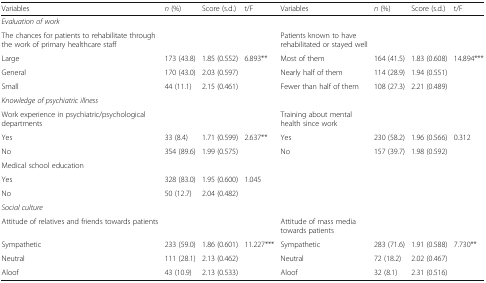
<table><thead><tr><td><b>Variables</b></td><td><b><i>n</i> (%)</b></td><td><b>Score (s.d.)</b></td><td><b>t/F</b></td><td><b>Variables</b></td><td><b><i>n</i> (%)</b></td><td><b>Score (s.d.)</b></td><td><b>t/F</b></td></tr></thead><tbody><tr><td colspan="8"><i>Evaluation of work</i></td></tr><tr><td>The chances for patients to rehabilitate through the work of primary healthcare staff</td><td></td><td></td><td></td><td>Patients known to have rehabilitated or stayed well</td><td></td><td></td><td></td></tr><tr><td>Large</td><td>173 (43.8)</td><td>1.85 (0.552)</td><td>6.893**</td><td>Most of them</td><td>164 (41.5)</td><td>1.83 (0.608)</td><td>14.894***</td></tr><tr><td>General</td><td>170 (43.0)</td><td>2.03 (0.597)</td><td></td><td>Nearly half of them</td><td>114 (28.9)</td><td>1.94 (0.551)</td><td></td></tr><tr><td>Small</td><td>44 (11.1)</td><td>2.15 (0.461)</td><td></td><td>Fewer than half of them</td><td>108 (27.3)</td><td>2.21 (0.489)</td><td></td></tr><tr><td colspan="8"><i>Knowledge of psychiatric illness</i></td></tr><tr><td>Work experience in psychiatric/psychological departments</td><td></td><td></td><td></td><td>Training about mental health since work</td><td></td><td></td><td></td></tr><tr><td>Yes</td><td>33 (8.4)</td><td>1.71 (0.599)</td><td>2.637**</td><td>Yes</td><td>230 (58.2)</td><td>1.96 (0.566)</td><td>0.312</td></tr><tr><td>No</td><td>354 (89.6)</td><td>1.99 (0.575)</td><td></td><td>No</td><td>157 (39.7)</td><td>1.98 (0.592)</td><td></td></tr><tr><td>Medical school education</td><td></td><td></td><td></td><td></td><td></td><td></td><td></td></tr><tr><td>Yes</td><td>328 (83.0)</td><td>1.95 (0.600)</td><td>1.045</td><td></td><td></td><td></td><td></td></tr><tr><td>No</td><td>50 (12.7)</td><td>2.04 (0.482)</td><td></td><td></td><td></td><td></td><td></td></tr><tr><td colspan="8"><i>Social culture</i></td></tr><tr><td>Attitude of relatives and friends towards patients</td><td></td><td></td><td></td><td>Attitude of mass media towards patients</td><td></td><td></td><td></td></tr><tr><td>Sympathetic</td><td>233 (59.0)</td><td>1.86 (0.601)</td><td>11.227***</td><td>Sympathetic</td><td>283 (71.6)</td><td>1.91 (0.588)</td><td>7.730**</td></tr><tr><td>Neutral</td><td>111 (28.1)</td><td>2.13 (0.462)</td><td></td><td>Neutral</td><td>72 (18.2)</td><td>2.02 (0.467)</td><td></td></tr><tr><td>Aloof</td><td>43 (10.9)</td><td>2.13 (0.533)</td><td></td><td>Aloof</td><td>32 (8.1)</td><td>2.31 (0.516)</td><td></td></tr></tbody></table>